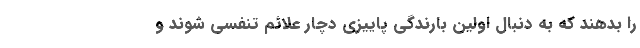
را بدهند که به دنبال اولین بارندگی پاییزی دچار علائم تنفسی شوند و